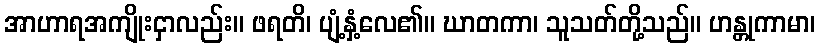
အာဟာရအကျိုးငှာလည်း။ ဖရတိ၊ ပျံ့နှံ့လေ၏။ ဃာတကာ၊ သူသတ်တို့သည်။ ဟန္တုကာမာ၊